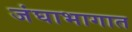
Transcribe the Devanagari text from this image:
जंघाभागात